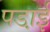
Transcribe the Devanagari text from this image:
पडा़ई